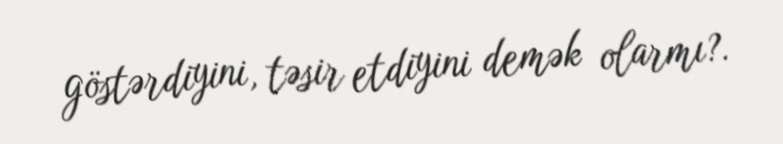
göstərdiyini, təsir etdiyini demək olarmı?.